EELK_Tartu_Peetri_kogudus_(kirikutahed), lk 56
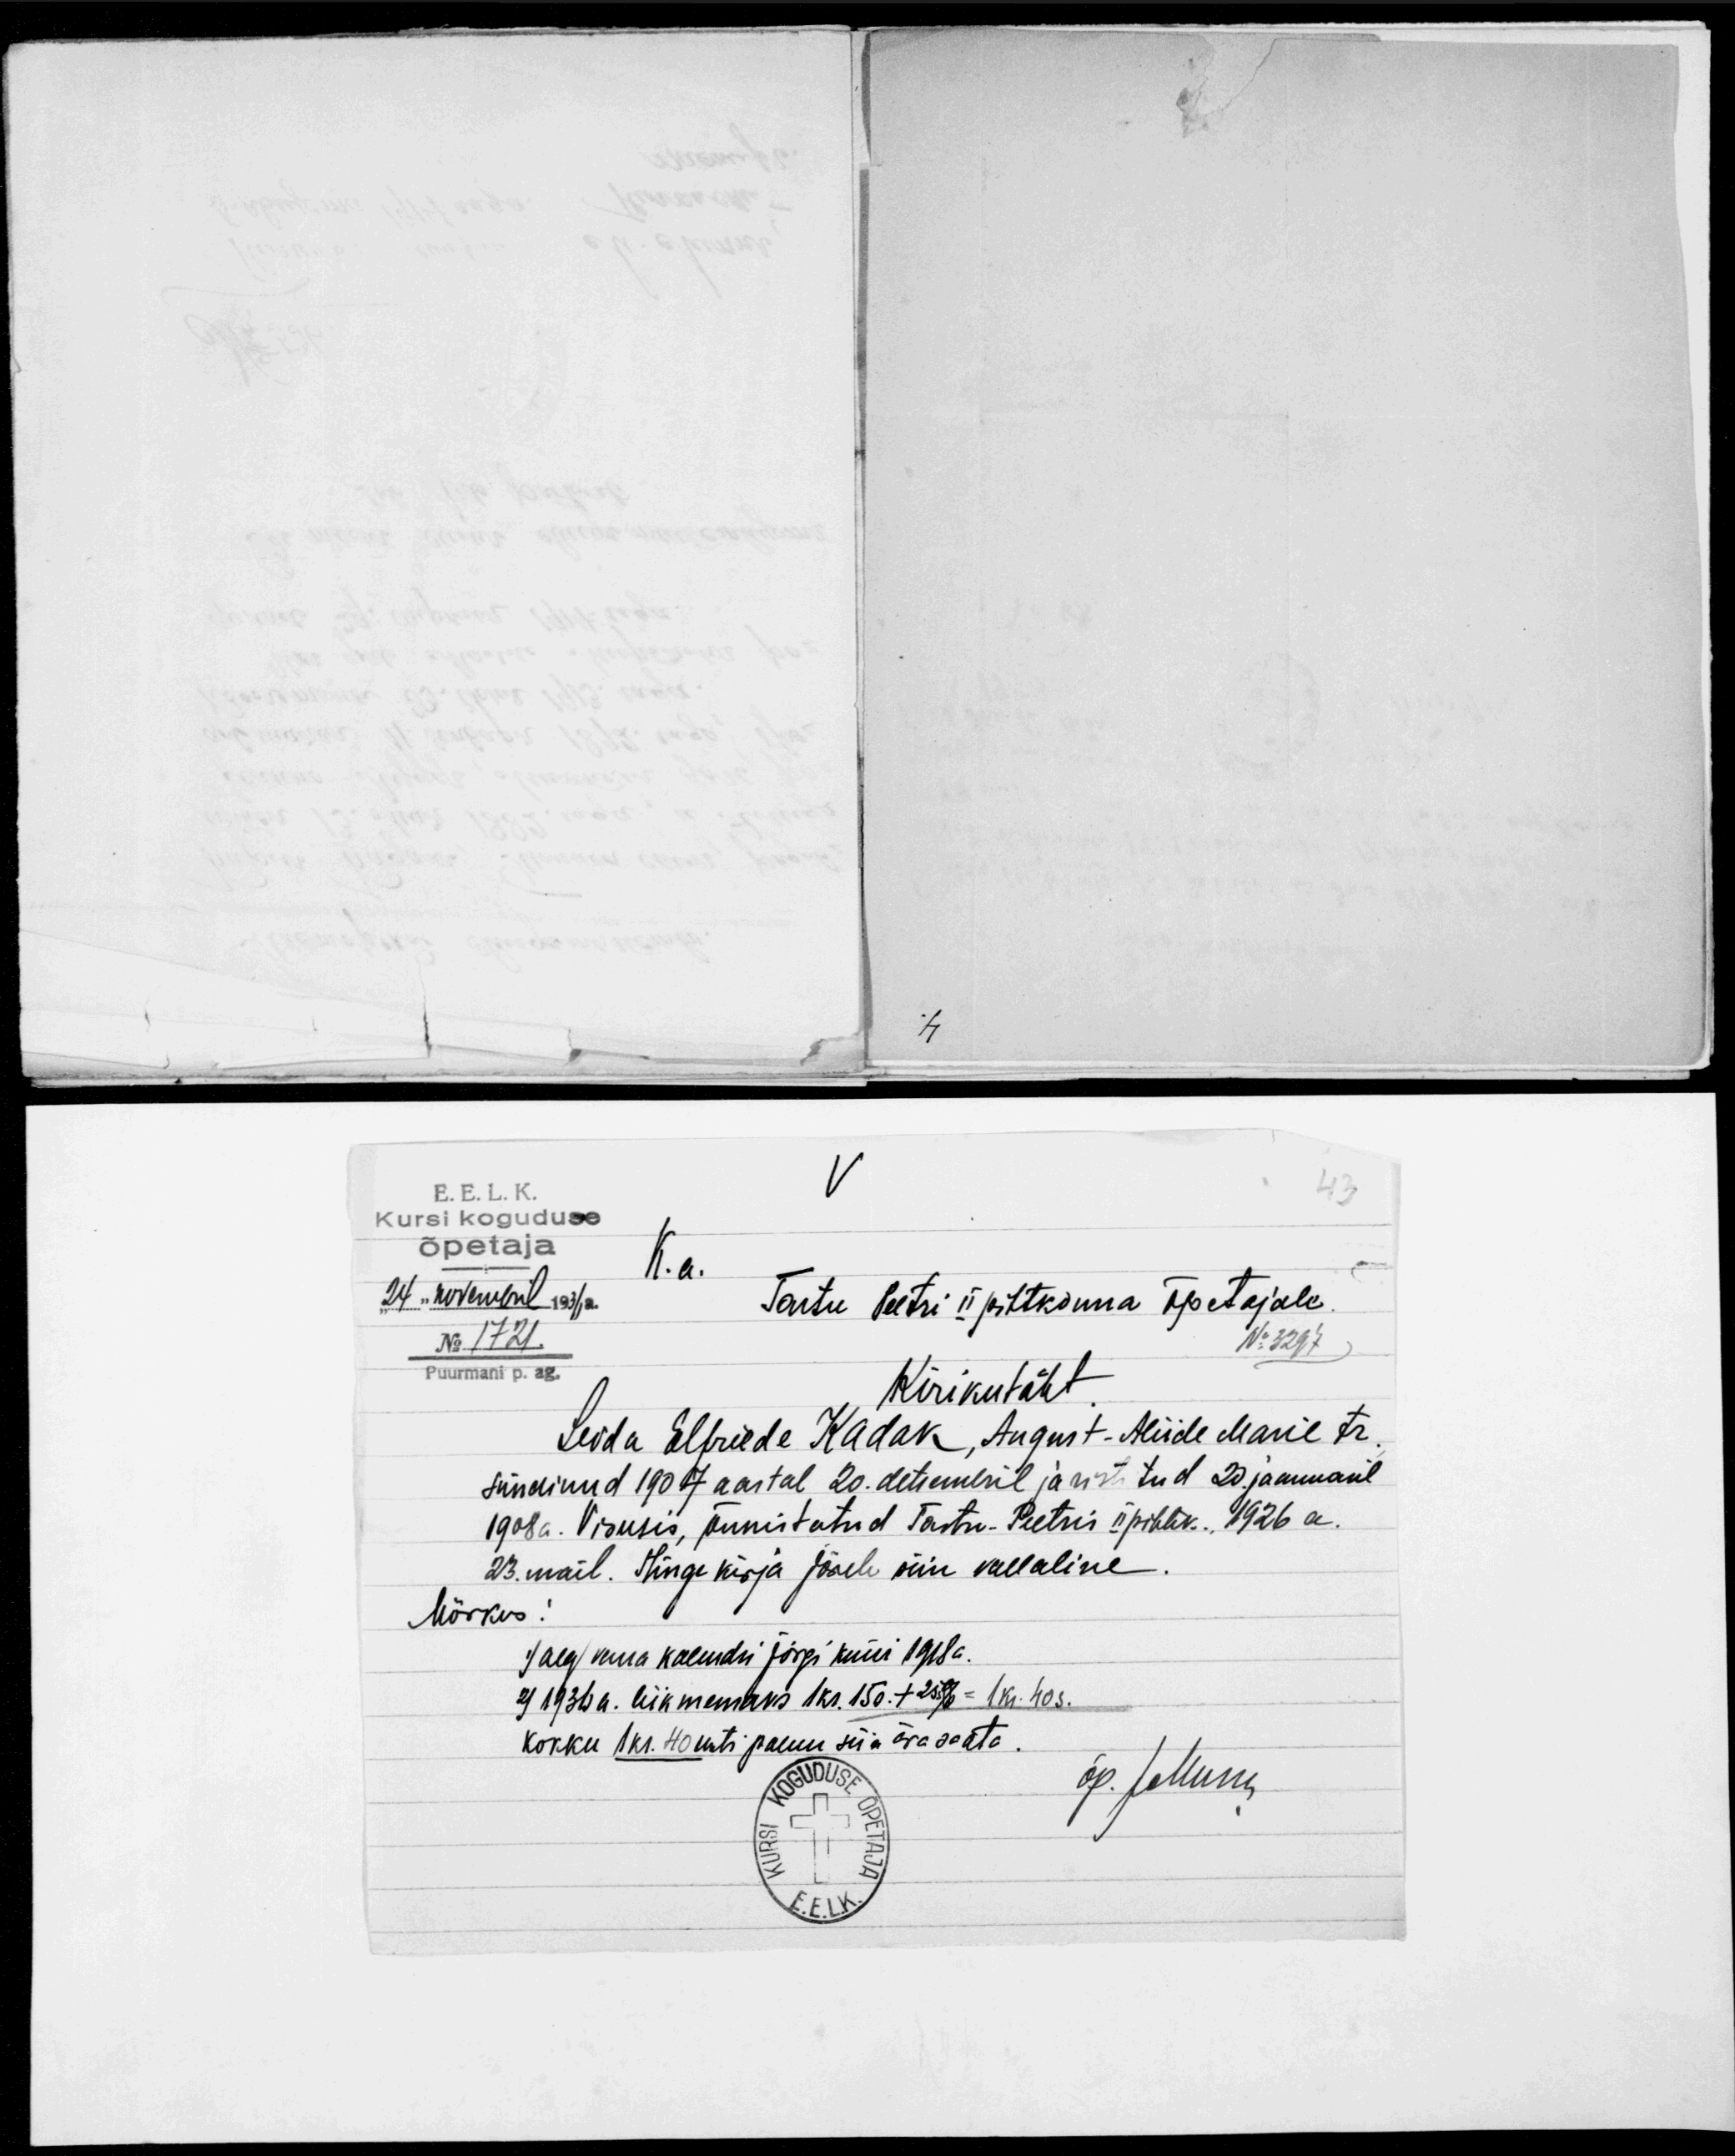
E.E.L.K.
Kursi koguduse
õpetaja
K. a.
"24" novembril 1936a.
Tartu Peetri II pihtkonna õpetajale.
No 1721
No 3297
Puurmani p. ag,
Kirikutäht
Leida Elfriede Kadak, August-Aliide Marie tr.
sündinud 1907 aastal 20. detsembril ja ristitud 20. jaanuaril
1908a. Viimsis, õnnistatud Tartu-Peetris II pihtk.., 1926 a.
23. mail. Hingekirja järele siin vallaline.
Märkus
1) aeg vana kalendri järgi kuni 1918a.
2) 1936 a. liikmemaks 1 kr. 150.+25s% = 1 kr. 40s.
kokku 1 kr. 40 senti palun siia ära saata.